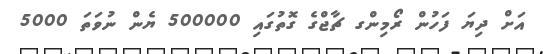
އަށް ދިޔަ ފަހުން ރޯމިންގ ޗާޖްގެ ގޮތުގައި 500000 ޔެން ނުވަތަ 5000